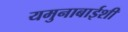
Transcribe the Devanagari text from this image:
यमुनाबाईशी